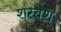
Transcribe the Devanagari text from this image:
शरबश